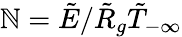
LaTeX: \mathbb{N}=\tilde{{E}}/\tilde{{R}}_{g}\tilde{{T}}_{-\infty}